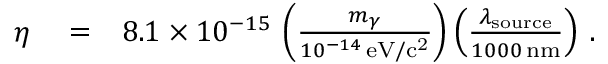
\begin{array} { r l r } { \eta } & { { } = } & { 8 . 1 \times 1 0 ^ { - 1 5 } \, \left( \frac { m _ { \gamma } } { 1 0 ^ { - 1 4 } \, \mathrm { e V / c ^ { 2 } } } \right) \left( \frac { \lambda _ { \mathrm { s o u r c e } } } { 1 0 0 0 \, \mathrm { n m } } \right) \, . } \end{array}